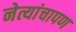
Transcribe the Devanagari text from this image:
नेत्यांचापण